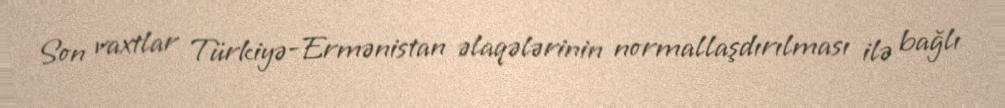
Son vaxtlar Türkiyə-Ermənistan əlaqələrinin normallaşdırılması ilə bağlı